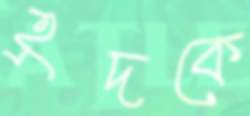
হ্রদকে